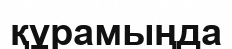
құрамыңда